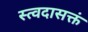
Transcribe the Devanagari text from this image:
स्त्वदासक्तं